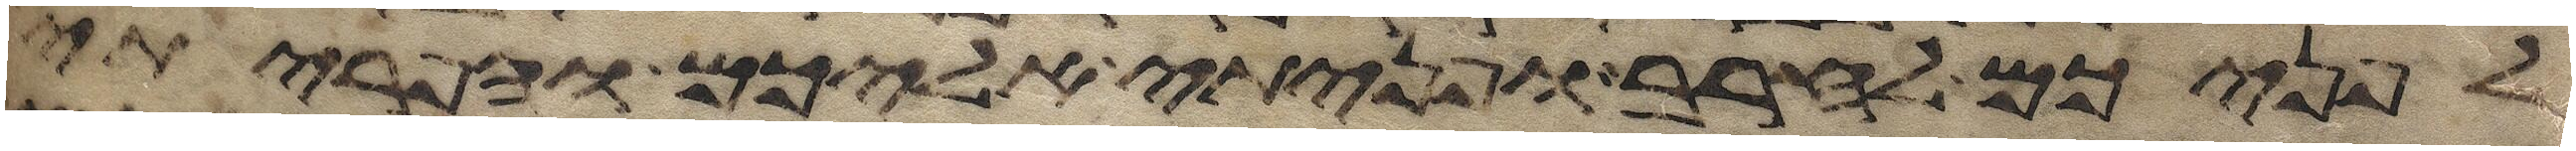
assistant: לפניכם לחרב ופניתי אליכם והפריתי